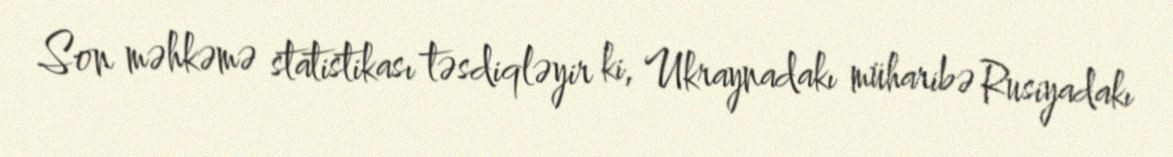
Son məhkəmə statistikası təsdiqləyir ki, Ukraynadakı müharibə Rusiyadakı